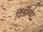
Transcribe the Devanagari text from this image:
दिंडीच्या